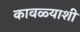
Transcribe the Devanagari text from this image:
कावळ्याशी